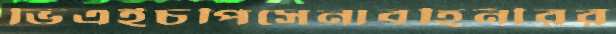
ভিএইচপিসেনাবহিনীরর